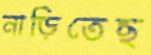
নাড়িতেছ